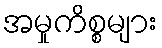
အမှုကိစ္စများ